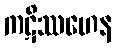
ကဋိဿဟေန